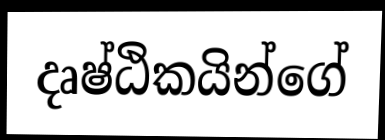
දෘෂ්ඨිකයින්ගේ